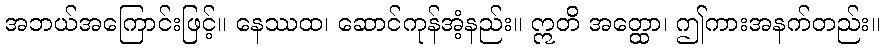
အဘယ်အကြောင်းဖြင့်။ နေဿထ၊ ဆောင်ကုန်အံ့နည်း။ ဣတိ အတ္ထော၊ ဤကားအနက်တည်း။